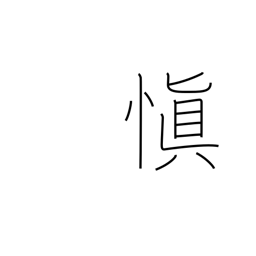
Meaning: chastity